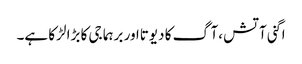
اگنی آتش ،آگ کا دیوتااور برہما جی کا بڑا لڑکا ہے۔